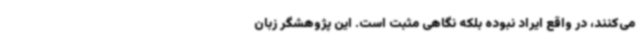
می‌کنند، در واقع ایراد نبوده بلکه نگاهی مثبت است. این پژوهشگر زبان